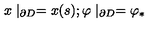
x \mid _ { \partial D } = x ( s ) ; \varphi \mid _ { \partial D } = \varphi _ { * }